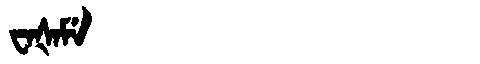
Manchu: ᠸᠠᡧᠠᠮᡝ
Romanization: WAŠAME